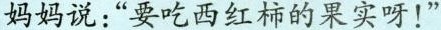
妈妈说：“要吃西红柿的果实呀！”